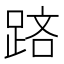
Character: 𨁮